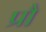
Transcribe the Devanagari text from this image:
प्रौ